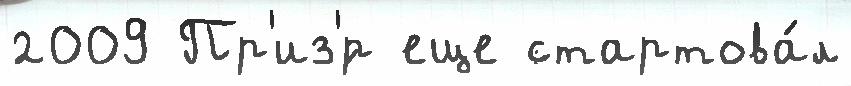
2009 Пр'из'́р еще стартова́л